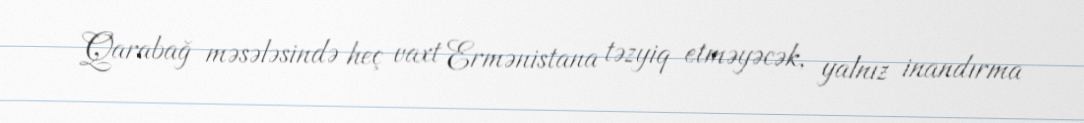
Qarabağ məsələsində heç vaxt Ermənistana təzyiq etməyəcək, yalnız inandırma